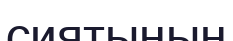
сиятынын